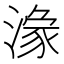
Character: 𱨘